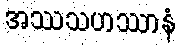
အဿသဟဿာနံ